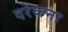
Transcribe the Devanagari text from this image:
दरेकना